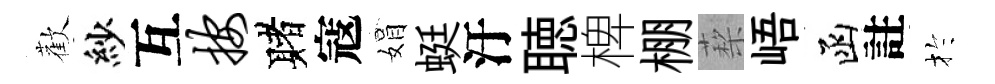
歡紗互按赌寇娟蜓汙聴椑棚蔾峿函註扵